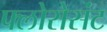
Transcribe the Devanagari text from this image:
फ्लोरोसंट